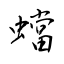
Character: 蟷